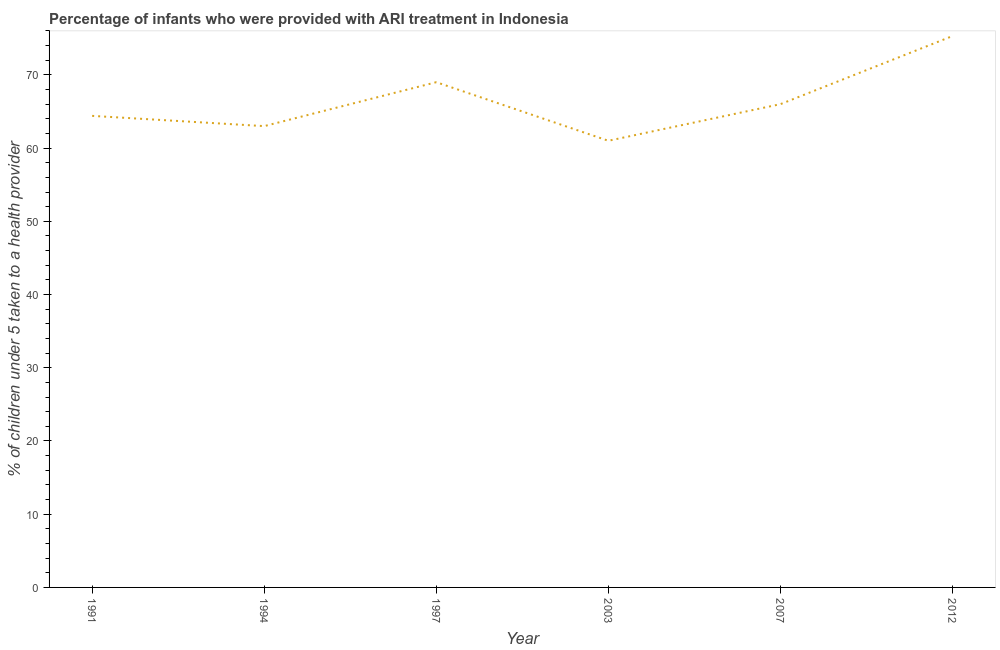
| Year | ARI treatment |
 | --- | --- |
 | 1991 | 64.4 |
 | 1994 | 63 |
 | 1997 | 69 |
 | 2003 | 61 |
 | 2007 | 66 |
 | 2012 | 75.3 |